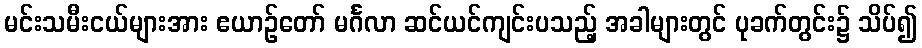
မင်းသမီးငယ်များအား ဧယာဉ်တော် မင်္ဂလာ ဆင်ယင်ကျင်းပသည့် အခါများတွင် ပုခက်တွင်း၌ သိပ်၍